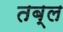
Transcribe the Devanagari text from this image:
तब्ल